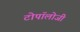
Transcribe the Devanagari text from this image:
टोपॉलोजी